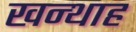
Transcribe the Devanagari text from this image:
खन्‍थाह